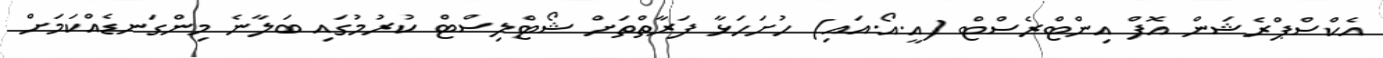
އެކްސްޕްރެޝަން އޮފް އިންޓްރެސްޓް (އީ.އޯ.އައި) ހުށަހަޅާ ފަރާތްތަށް ޝޯޓްލިސްޓް ކުރުމުގައި ބަލާނެ މިންގަނޑެއްކަމަށް